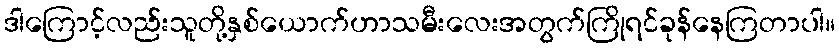
ဒါကြောင့်လည်းသူတို့နှစ်ယောက်ဟာသမီးလေးအတွက်ကြိုရင်ခုန်နေကြတာပါ။